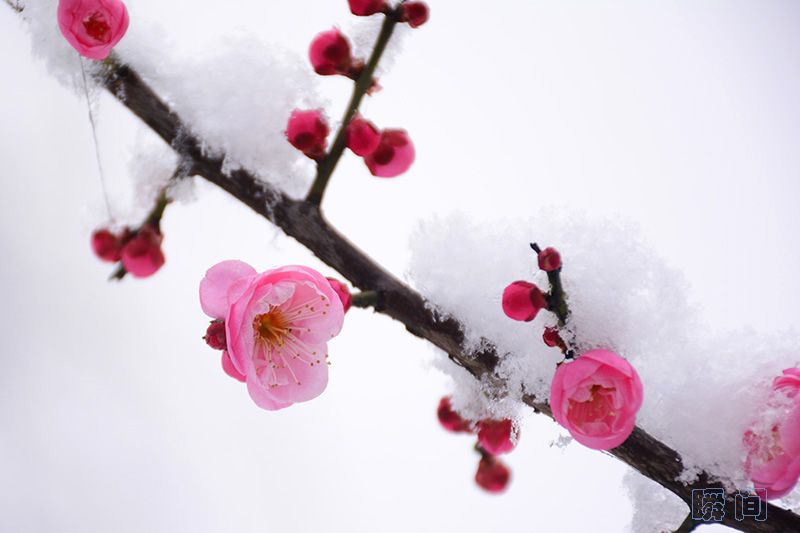
不知庭霰今朝落，疑是林花昨夜开。